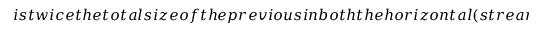
i s t w i c e t h e t o t a l s i z e o f t h e p r e v i o u s i n b o t h t h e h o r i z o n t a l ( s t r e a m w i s e ) a n d v e r t i c a l d i r e c t i o n s , w i t h h a l f t h e s p a t i a l r e s o l u t i o n . T h e l a r g e r g r i d s a r e o f f s e t s u c h t h a t t h e m a j o r i t y o f t h e d o m a i n i s d o w n s t r e a m o f t h e p l a t e s . T h e r e s o l u t i o n o f t h e g r i d f o r t h e R e y n o l d s n u m b e r s c o n s i d e r e d h e r e h a s b e e n v a l i d a t e d i n a r a n g e o f p a s t s t u d i e s . F o r t h e a n a l y s i s , w e w i l l u s e v e l o c i t y d a t a f r o m t h e